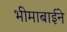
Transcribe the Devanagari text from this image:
भीमाबाईने